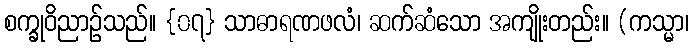
စက္ခုဝိညာဉ်သည်။ {၀၇} သာဓာရဏဖလံ၊ ဆက်ဆံသော အကျိုးတည်း။ (ကသ္မာ၊